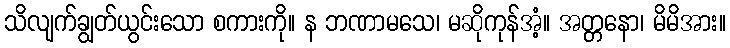
သိလျက်ချွတ်ယွင်းသော စကားကို။ န ဘဏာမသေ၊ မဆိုကုန်အံ့။ အတ္တနော၊ မိမိအား။